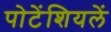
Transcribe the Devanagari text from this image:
पोटेंशियलें